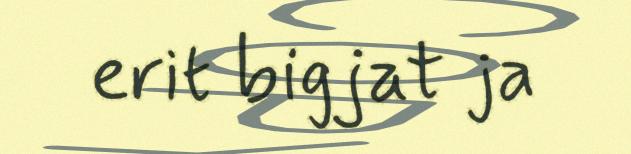
erit bigjat ja